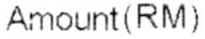
AMOUNT(RM)